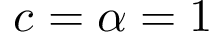
c = \alpha = 1